Source: Handwritten
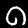
Digit: ၈ (8)